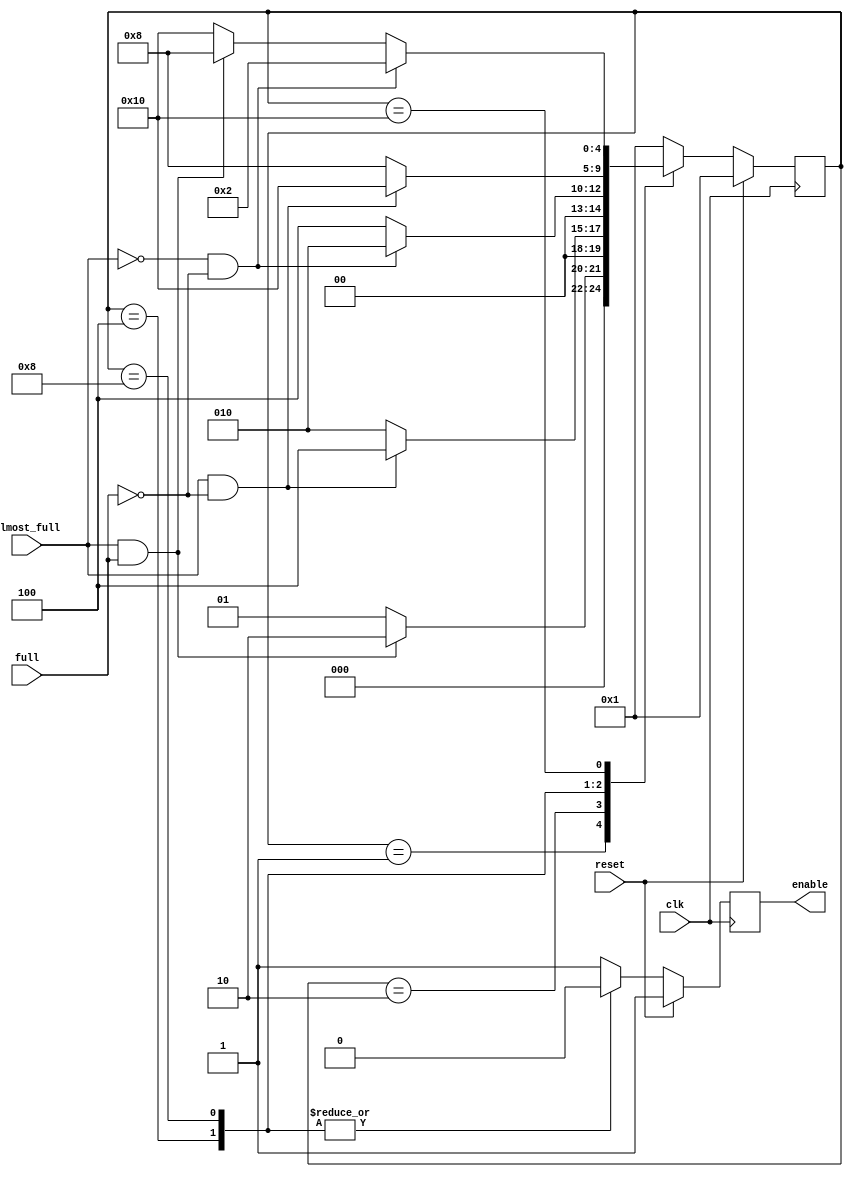
// __  ___ __ ___  _ __   ___  ___ 
// \ \/ / '__/ _ \| '_ \ / _ \/ __|
//  >  <| | | (_) | | | | (_) \__ \
// /_/\_\_|  \___/|_| |_|\___/|___/
// 


module controller(almost_full, full, enable, clk, reset);

input clk;
input reset;
input almost_full;
input full;
output reg enable;


parameter INIT = 5'b00001;
parameter SPACE = 5'b00010;
parameter AF_DISABLE = 5'b00100;
parameter FULL = 5'b01000;
parameter AF_ENABLE = 5'b10000;

  (* FSM_ENCODING="ONE-HOT", SAFE_IMPLEMENTATION="YES", SAFE_RECOVERY_STATE="INIT" *) reg [4:0] state = INIT;

always@(posedge clk)
	if (reset) begin
		state <= INIT;
		enable <= 1'b1;
	end
	else
		(* PARALLEL_CASE *) case (state)
		INIT: begin
			if (almost_full == 1'b1 && full == 1'b1)
				state <= SPACE;
			else
				state  <= INIT;

			enable <= 1'b1;
		end

		SPACE : begin
			if (almost_full == 1'b1 && full == 1'b0)
				state <= AF_DISABLE;
			else
				state <= SPACE;

			enable <= 1'b1;
		end

		AF_DISABLE : begin
			if (almost_full == 1'b1 && full == 1'b1)
				state <= FULL;
			if (almost_full == 1'b0 && full == 1'b0)
				state <= SPACE;
			else
				state <= AF_DISABLE;
	
			enable <= 1'b0;
		end

		FULL : begin
			if (almost_full == 1'b1 && full == 1'b0)
				state <= AF_ENABLE;
			else
				state <= FULL;
	
			enable <= 1'b0;
		end

		AF_ENABLE : begin
			if (almost_full == 1'b0 && full == 1'b0)
				state <= SPACE;
			else if (almost_full == 1'b1 && full == 1'b1)
				state <= FULL;
			else
				state <= AF_ENABLE;

			enable <= 1'b1;
		end
	
		default: begin  // Fault Recovery
			state <= INIT;
			enable <= 1'b1;
		end
	endcase
endmodule